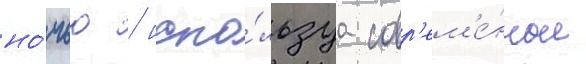
но́чью / испо́льзуа совр'ем'е́нные